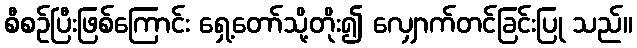
စီစဉ်ပြီးဖြစ်ကြောင်း ရှေ့တော်သို့တိုး၍ လျှောက်တင်ခြင်းပြု သည်။